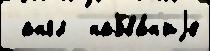
 англ  назва́н'иjе